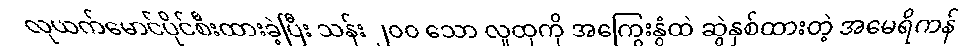
လုယက်မောင်ပိုင်စီးထားခဲ့ပြီး သန်း ၂၀၀ သော လူထုကို အကြွေးနွံထဲ ဆွဲနှစ်ထားတဲ့ အမေရိကန်